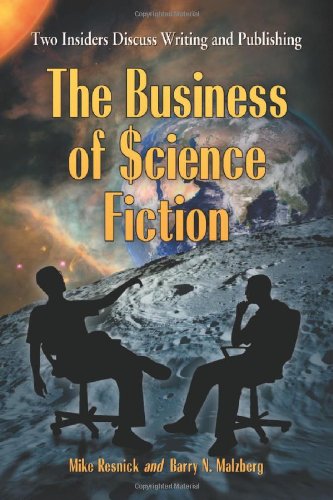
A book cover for The Business of Science Fiction: Two Insiders Discuss Writing and Publishing; Mike Resnick; Science Fiction & Fantasy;